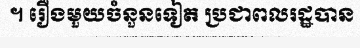
។ រឿងមួយចំនួនទៀត ប្រជាពលរដ្ឋបាន